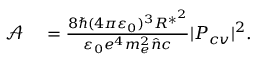
\begin{array} { r l } { \mathcal { A } } & { { } = \frac { 8 \hbar ( 4 \pi \varepsilon _ { 0 } ) ^ { 3 } R ^ { * ^ { 2 } } } { \varepsilon _ { 0 } e ^ { 4 } m _ { e } ^ { 2 } \hat { n } c } | P _ { c v } | ^ { 2 } . } \end{array}